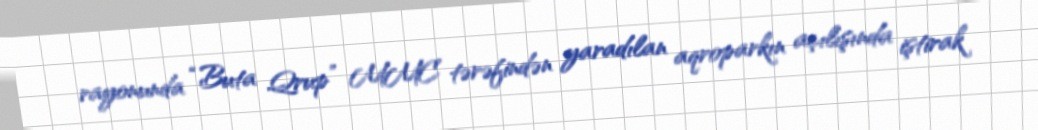
rayonunda “Buta Qrup” MMC tərəfindən yaradılan aqroparkın açılışında iştirak